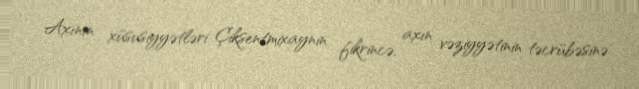
Axının xüsusiyyətləri Çiksentmixaynin fikrincə, axın vəziyyətinin təcrübəsinə